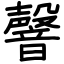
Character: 韾